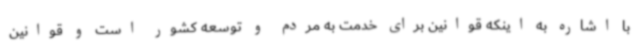
با اشاره به اینکه قوانین برای خدمت به مردم و توسعه کشور است و قوانین